Indian journal of veterinary science and animal husbandry - Volume 1,
Year: 1931
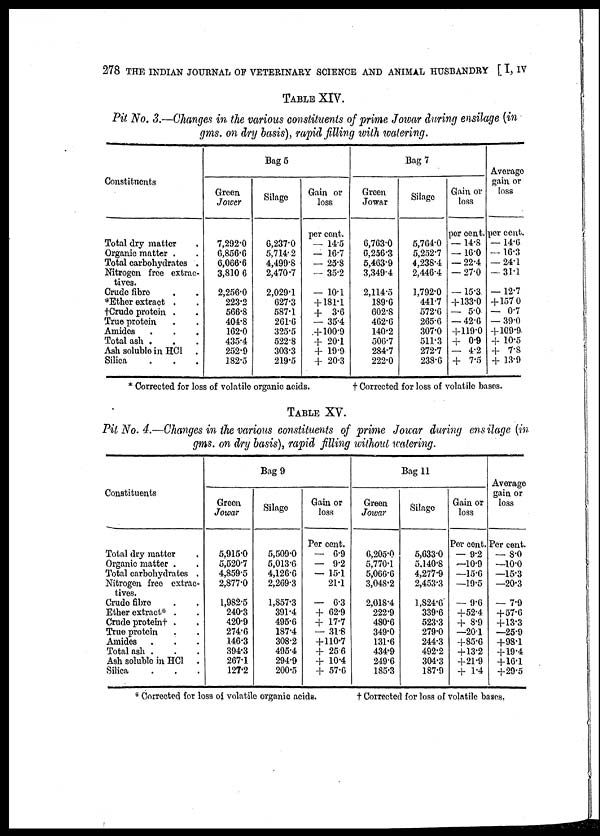
278 THE INDIAN JOURNAL OF VETERINARY SCIENCE AND ANIMAL HUSBANDRY [ I, IV
TABLE XIV.
Pit No. 3.—Changes in the various constituents of prime Jowar during ensilage (in
gms. on dry basis), rapid filling with watering.
Constituents
Total dry matter .
Organic matter . .
Total carbohydrates .
Nitrogen free extrac-
tives.
Crude fibre . .
*Ether extract . .
† Crude protein . .
True protein . .
Amides . . .
Total ash . . .
Ash soluble in HC1 .
Silica . . .
Bag 5
Green
Jowar
7,292.0
6,856.6
6,066.6
3,810.6
2,256.0
223.2
566.8
404.8
162.0
435.4
252.9
182.5
Silage
6,237.0
5,714.2
4,499.8
2,470.7
2,029.1
627.3
587.1
261.6
325.5
522.8
303.3
219.5
Gain or
loss
per cent.
— 14.5
— 16.7
— 25.8
— 35.2
— 10.1
+ 181.1
+ 3.6
— 35.4
+ 100.9
+ 20.1
+ 19.9
+ 20.3
Bag 7
Green
Jowar
6,763.0
6,256.3
5,463.9
3,349.4
2,114.5
189.6
602.8
462.6
140.2
506.7
284.7
222.0
Silage
5,764.0
5,252.7
4,238.4
2,446.4
1,792.0
441.7
572.6
265.6
307.0
511.3
272.7
238.6
Gain or
loss
per cent.
— 14.8
— 16.0
— 22.4
— 27.0
— 15.3
+ 133.0
— 5.0
— 42.6
+ 119.0
+ 0.9
— 4.2
+ 7.5
Average
gain or
loss
per cent.
— 14.6
— 16.3
— 24.1
— 31.1
— 12.7
+ 157 0
— 0.7
— 39.0
+ 109.9
+ 10.5
+ 7.8
+ 13.9
* Corrected for loss of volatile organic acids.
†
Corrected for loss of volatile bases.
TABLE XV.
Pit No. 4.—Changes in the various constituents of prime Jowar during ensilage (in
gms. on dry basis), rapid filling without watering.
Constituents
Total dry matter .
Organic matter . .
Total carbohydrates .
Nitrogen free extrac-
tives.
Crude fibre . .
Ether extract* . .
Crude protein† . .
True protein . .
Amides . . .
Total ash . . .
Ash soluble in HCl .
Silica . . .
Bag 9
Green
Jowar
5,915.0
5,520.7
4,859.5
2,877.0
1,982.5
240.3
420.9
274.6
146.3
394.3
267.1
127.2
Silage
5,509.0
5,013.6
4,126.6
2,269.3
1,857.3
391.4
495.6
187.4
308.2
495.4
294.9
200.5
Gain or
loss
Per cent.
— 6.9
— 9.2
— 15.1
21.1
— 6.3
+ 62.9
+ 17.7
— 31.8
+ 110.7
+ 25 6
+ 10.4
+ 57.6
Bag 11
Green
Jowar
6,205.0
5,770.1
5,066.6
3,048.2
2,018.4
222.9
480.6
349.0
131.6
434.9
249.6
185.3
Silage
5,633.0
5,140.8
4,277.9
2,453.3
1,824.6
339.6
523.3
279.0
244.3
492.2
304.3
187.9
Gain or
loss
Per cent.
— 9.2
—10.9
—15.6
—19.5
— 9.6
+52.4
+ 8.9
—20.1
+85.6
+ 13.2
+21.9
+ 1.4
Average
gain or
loss
Per cent.
— 8.0
—10.0
—15.3
—20.3
— 7.9
+ 57.6
+13.3
—25-9
+98.1
+ 19.4
+16.1
+29.5
* Corrected for loss of volatile organic acids.
†
Corrected for loss of volatile bases,